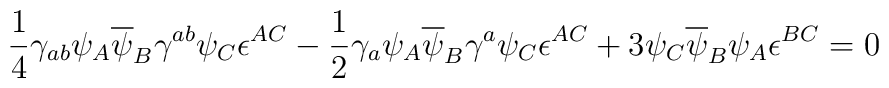
\frac{1}{4}\gamma_{ab}\psi_A\overline{\psi}_B\gamma^{ab}\psi_C\epsilon^{AC}-\frac{1}{2}\gamma_{a}\psi_A\overline{\psi}_B\gamma^{a}\psi_C\epsilon^{AC}+3\psi_C\overline{\psi}_B\psi_A\epsilon^{BC}=0